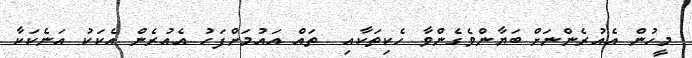
މީހުން އެއުރެންނަށް ބަޔާންވެގެންވާ ހެކިތަކާއި  ތައް އައުމަށްފަހު އެއުރެން އެކަކު އަނެކަކާ